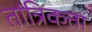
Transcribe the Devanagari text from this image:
तांत्रिकता